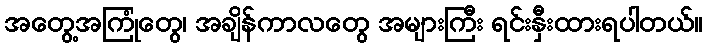
အတွေ့အကြုံတွေ၊ အချိန်ကာလတွေ အများကြီး ရင်းနှီးထားရပါတယ်။